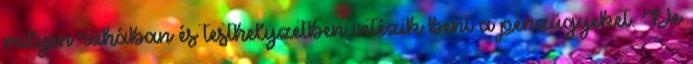
milyen ruhában és testhelyzetben intézik bent a pénzügyeket. De